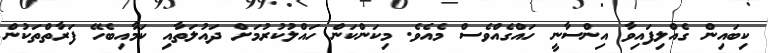
ކިބައިން ގެއްލިފައިވާ އިންސާނީ ހައްގެއްވެސް މެއެވެ. މިކަންކަން ހައްލުކުރުމަށް ދައުލަތާއި ކަމާއިބެހޭ ފަރާތްތަކުން